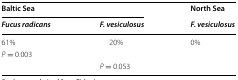
| <COLSPAN=2> Baltic Sea | North Sea |
 | Fucus radicans | F. vesiculosus | F. vesiculosus |
 | --- | --- | --- |
 | 61% | 20% | 0% |
 | <COLSPAN=2> P = 0.003 |  |
 |  | <COLSPAN=2> P = 0.053 |